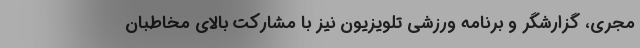
مجری، گزارشگر و برنامه ورزشی تلویزیون نیز با مشارکت بالای مخاطبان